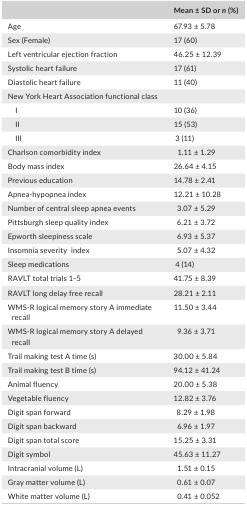
|  | Mean ± SD or n (%) |
 | --- | --- |
 | Age | 67.93 ± 5.78 |
 | Sex (Female) | 17 (60) |
 | Left ventricular ejection fraction | 46.25 ± 12.39 |
 | Systolic heart failure | 17 (61) |
 | Diastolic heart failure | 11 (40) |
 | <COLSPAN=2> New York Heart Association functional class |
 | I | 10 (36) |
 | II | 15 (53) |
 | III | 3 (11) |
 | Charlson comorbidity index | 1.11 ± 1.29 |
 | Body mass index | 26.64 ± 4.15 |
 | Previous education | 14.78 ± 2.41 |
 | Apnea‐hypopnea index | 12.21 ± 10.28 |
 | Number of central sleep apnea events | 3.07 ± 5.29 |
 | Pittsburgh sleep quality index | 6.21 ± 3.72 |
 | Epworth sleepiness scale | 6.93 ± 5.37 |
 | Insomnia severity index | 5.07 ± 4.32 |
 | Sleep medications | 4 (14) |
 | RAVLT total trials 1–5 | 41.75 ± 8.39 |
 | RAVLT long delay free recall | 28.21 ± 2.11 |
 | WMS‐R logical memory story A immediate recall | 11.50 ± 3.44 |
 | WMS‐R logical memory story A delayed recall | 9.36 ± 3.71 |
 | Trail making test A time (s) | 30.00 ± 5.84 |
 | Trail making test B time (s) | 94.12 ± 41.24 |
 | Animal fluency | 20.00 ± 5.38 |
 | Vegetable fluency | 12.82 ± 3.76 |
 | Digit span forward | 8.29 ± 1.98 |
 | Digit span backward | 6.96 ± 1.97 |
 | Digit span total score | 15.25 ± 3.31 |
 | Digit symbol | 45.63 ± 11.27 |
 | Intracranial volume (L) | 1.51 ± 0.15 |
 | Gray matter volume (L) | 0.61 ± 0.07 |
 | White matter volume (L) | 0.41 ± 0.052 |